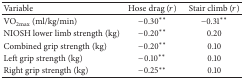
<table><thead><tr><td><b>Variable</b></td><td><b>Hose drag (<i>r</i>)</b></td><td><b>Stair climb (<i>r</i>)</b></td></tr></thead><tbody><tr><td>VO<sub>2max</sub> (ml/kg/min)</td><td>−0.30<sup><i>∗∗</i></sup></td><td>−0.31<sup><i>∗∗</i></sup></td></tr><tr><td>NIOSH lower limb strength (kg)</td><td>−0.20<sup><i>∗∗</i></sup></td><td>0.20</td></tr><tr><td>Combined grip strength (kg)</td><td>−0.20<sup><i>∗∗</i></sup></td><td>0.10</td></tr><tr><td>Left grip strength (kg)</td><td>−0.10<sup><i>∗∗</i></sup></td><td>0.10</td></tr><tr><td>Right grip strength (kg)</td><td>−0.25<sup><i>∗∗</i></sup></td><td>0.10</td></tr></tbody></table>